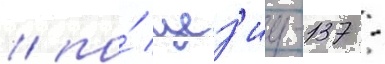
/ по́ цез'иу-137 -